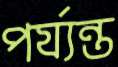
পর্য্যন্ত